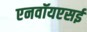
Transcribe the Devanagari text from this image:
एनवॉयएसई